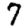
Digit: 7